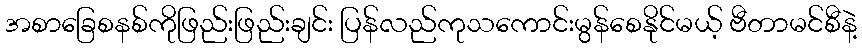
အစာခြေစနစ်ကိုဖြည်းဖြည်းချင်း ပြန်လည်ကုသကောင်းမွန်စေနိုင်မယ့် ဗီတာမင်စီနဲ့